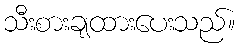
သီးစားချထားပေးသည်။